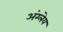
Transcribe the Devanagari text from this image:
अंग्लेय